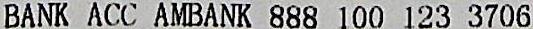
BANK ACC AMBANK 888 100 123 3706